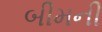
બીમની